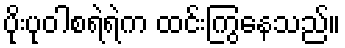
ပိုးပုဝါစရဲရဲက ထင်းကြွနေသည်။